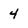
Character: 4